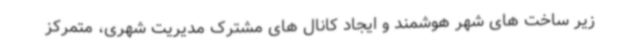
زیر ساخت های شهر هوشمند و ایجاد کانال های مشترک مدیریت شهری، متمرکز